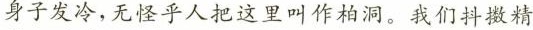
身子发冷，无怪乎人把这里叫作柏洞。我们抖擞精